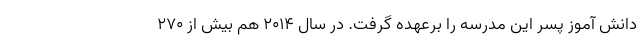
دانش آموز پسر این مدرسه را برعهده گرفت. در سال ۲۰۱۴ هم بیش از ۲۷۰